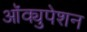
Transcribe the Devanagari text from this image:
आॅक्युपेशन